Annual report on the Civil Veterinary Department, Burma (including the Insein Veterinary School) - 1910-1922
Year: 1910
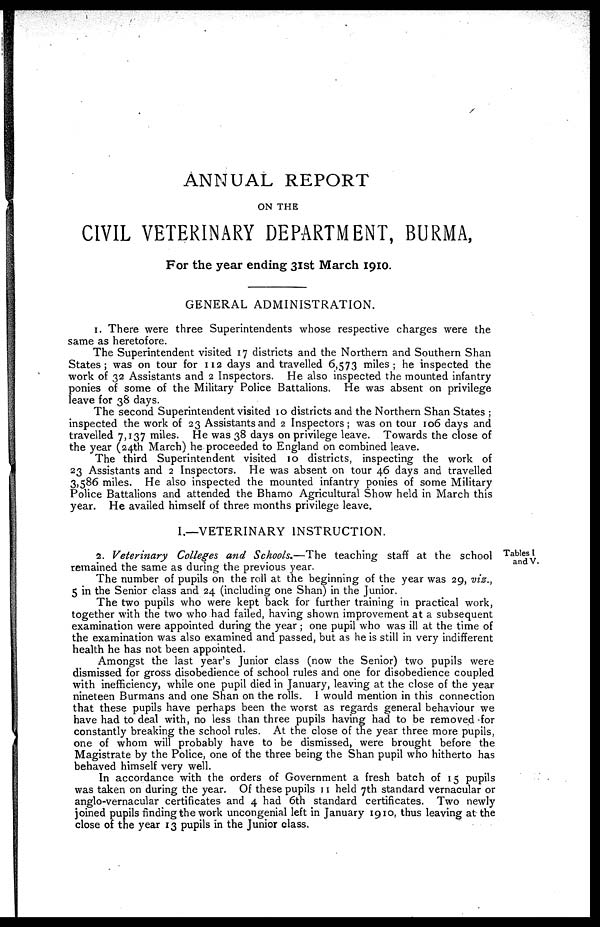
ANNUAL REPORT
ON THE
CIVIL VETERINARY DEPARTMENT, BURMA,
For the year ending 31st March 1910.
GENERAL ADMINISTRATION.
1. There were three Superintendents whose respective charges were the
same as heretofore.
The Superintendent visited 17 districts and the Northern and Southern Shan
States; was on tour for 112 days and travelled 6,573 miles; he inspected the
work of 32 Assistants and 2 Inspectors. He also inspected the mounted infantry
ponies of some of the Military Police Battalions. He was absent on privilege
leave for 38 days.
The second Superintendent visited 10 districts and the Northern Shan States ;
inspected the work of 23 Assistants and 2 Inspectors; was on tour 106 days and
travelled 7,137 miles. He was 38 days on privilege leave. Towards the close of
the year (24th March) he proceeded to England on combined leave.
The third Superintendent visited 10 districts, inspecting the work of
23 Assistants and 2 Inspectors. He was absent on tour 46 days and travelled
3,586 miles. He also inspected the mounted infantry ponies of some Military
Police Battalions and attended the Bhamo Agricultural Show held in March this
year. He availed himself of three months privilege leave.
I.—VETERINARY INSTRUCTION.
Tables I
and V.
2. Veterinary Colleges and Schools.—The teaching staff at the school
remained the same as during the previous year.
The number of pupils on the roll at the beginning of the year was 29, viz.,
5 in the Senior class and 24 (including one Shan) in the Junior.
The two pupils who were kept back for further training in practical work,
together with the two who had failed, having shown improvement at a subsequent
examination were appointed during the year ; one pupil who was ill at the time of
the examination was also examined and passed, but as he is still in very indifferent
health he has not been appointed.
Amongst the last year's Junior class (now the Senior) two pupils were
dismissed for gross disobedience of school rules and one for disobedience coupled
with inefficiency, while one pupil died in January, leaving at the close of the year
nineteen Burmans and one Shan on the rolls. I would mention in this connection
that these pupils have perhaps been the worst as regards general behaviour we
have had to deal with, no less than three pupils having had to be removed for
constantly breaking the school rules. At the close of the year three more pupils,
one of whom will probably have to be dismissed, were brought before the
Magistrate by the Police, one of the three being the Shan pupil who hitherto has
behaved himself very well.
In accordance with the orders of Government a fresh batch of 15 pupils
was taken on during the year. Of these pupils 11 held 7th standard vernacular or
anglo-vernacular certificates and 4 had 6th standard certificates. Two newly
joined pupils finding the work uncongenial left in January 1910, thus leaving at the
close of the year 13 pupils in the Junior class.